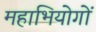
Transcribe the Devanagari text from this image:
महाभियोगों